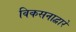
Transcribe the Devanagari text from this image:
विकसनाद्वारे